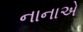
નાનાએ